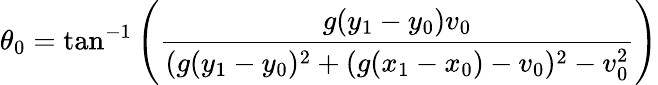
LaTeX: \theta_{0}=\textrm{tan}^{-1}\left(\frac{g(y_{1}-y_{0})v_{0}}{(g(y_{1}-y_{0})^{2}+(g(x_{1}-x_{0})-v_{0})^{2}-v_{0}^{2}}\right)